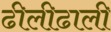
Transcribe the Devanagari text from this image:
ढीलीढाली